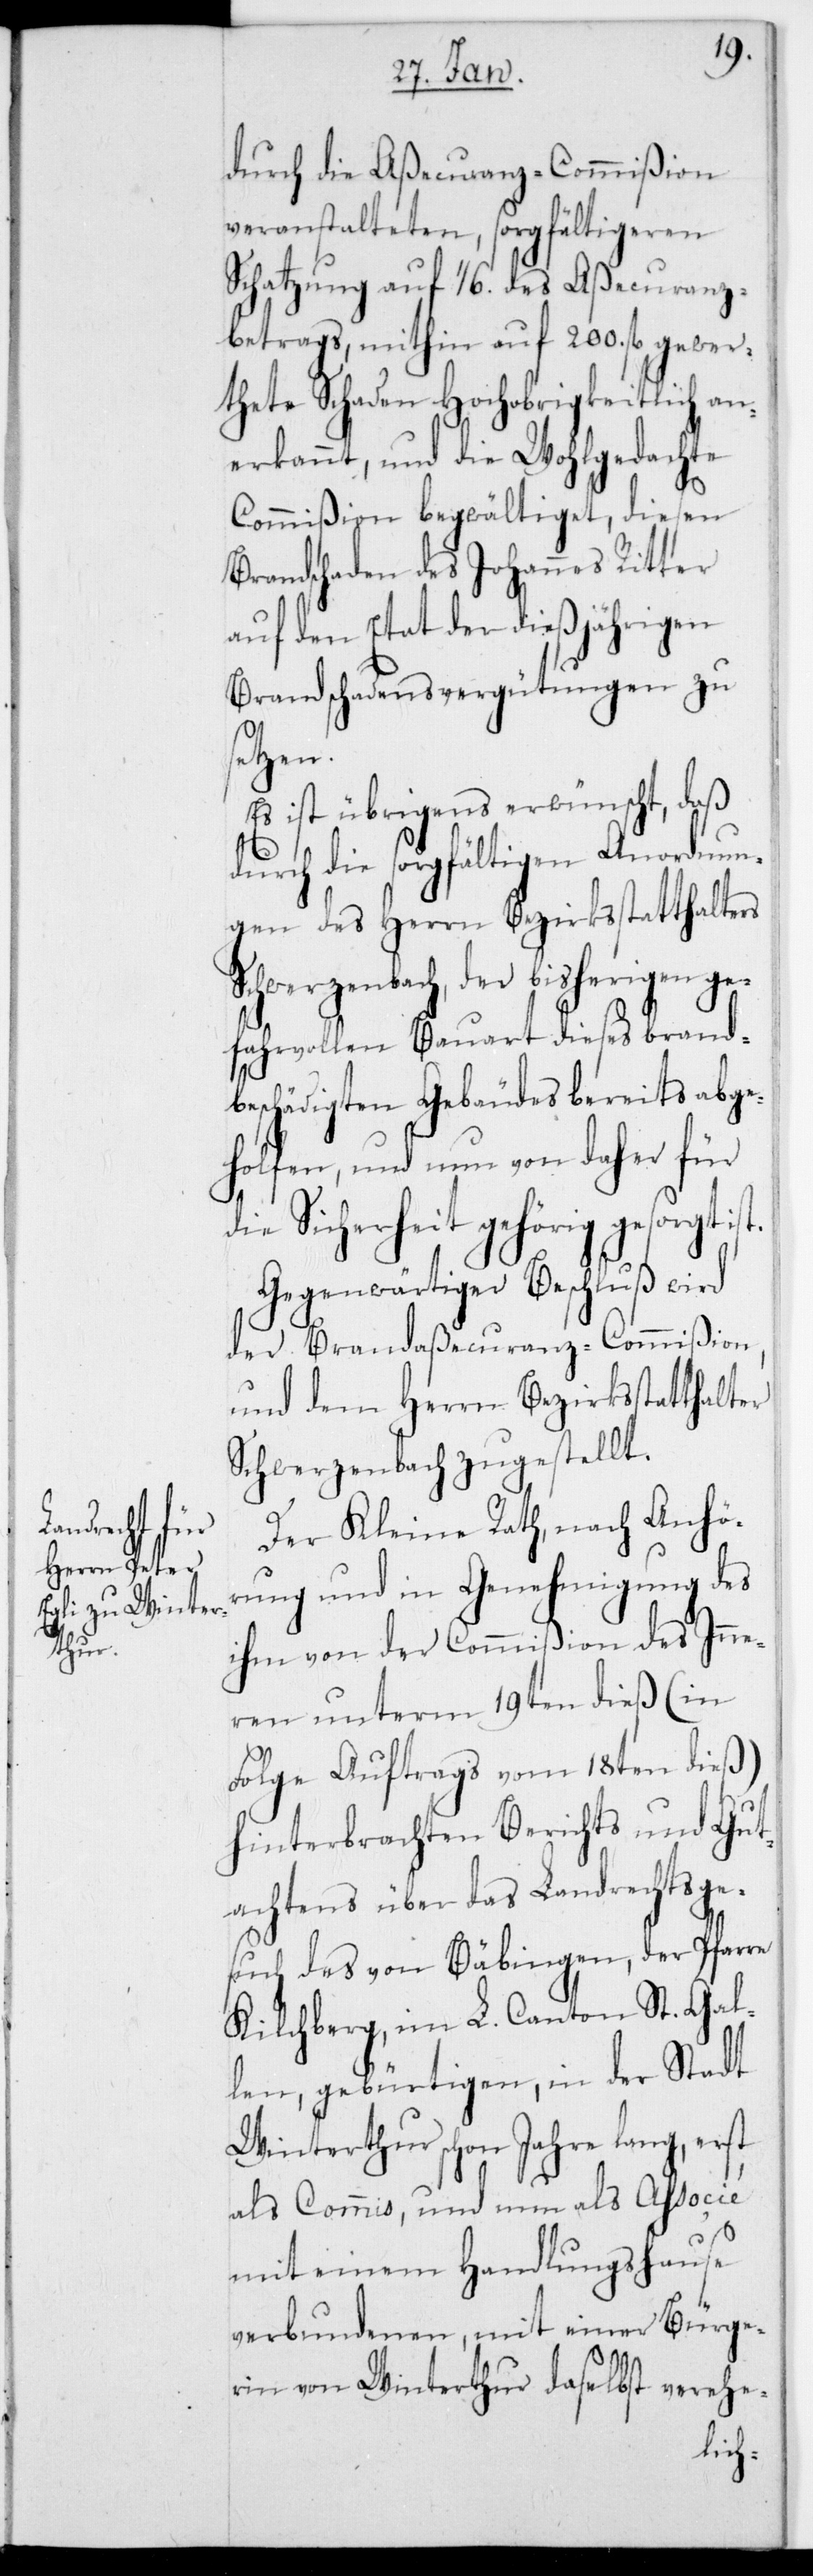
durch die Aßecuranz-Commißion
veranstalteten sorgfältigeren
Schatzung auf 1/6. des Aßecuranz¬
betrags, mithin auf 200. fl. gewer¬
thete Schaden Hochobrigkeitlich an¬
erkannt, und die wohlgedachte
Commißion begwältiget, diesen
Brandschaden des Johannes Ritter
auf den Etat der dießjährigen
Brandschadens-Vergütungen zu
setzen.
Es ist übrigens erwünscht, daß
durch die sorgfältigen Anordnun¬
gen des Herrn Bezirksstatthalters
Schwerzenbach der bisherigen ge¬
fahrvollen Bauart dieses brand¬
beschädigten Gebäudes bereits abge¬
holfen, und nun von daher für
die Sicherheit gehörig gesorgt
Gegenwärtiger Beschluß wird
der Brandaßecuranz-Commißion
und dem Herrn Bezirksstatthalter
Schwerzenbach zugestellt.
Der Kleine Rath, nach Anhör¬
ung und in Genehmigung des
ihm von der Commißion des Inne¬
ren unterm 19ten dieß (in
Folge Auftrags vom 18ten dieß)
hinterbrachten Berichts und Gut¬
achtens über das Landrechtsge¬
such des von Bäbingen, der Pfarre
Kilchberg im L. Canton St. Gal¬
len, gebürtigen, in der Stadt
Winterthur schon Jahre lang, erst
als Commis und nun als Associé
mit einem Handlungshause
verbundenen, mit einer Bürge¬
rin von Winterthur daselbst verehe-